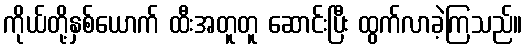
ကိုယ်တို့နှစ်ယောက် ထီးအတူတူ ဆောင်းပြီး ထွက်လာခဲ့ကြသည်။